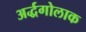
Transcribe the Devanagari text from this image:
अर्द्धगोलाक